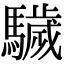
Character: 䮹